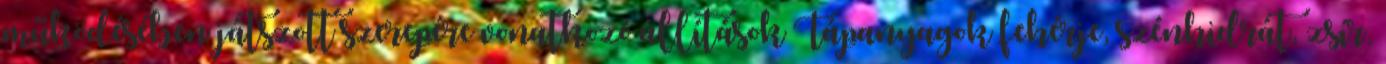
működésében játszott szerepére vonatkozó állítások Tápanyagok fehérje, szénhidrát, zsír,